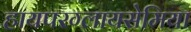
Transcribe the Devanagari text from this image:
हायपरग्लायसेमिया